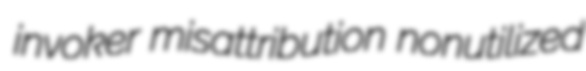
invoker misattribution nonutilized